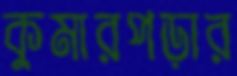
কুমারপড়ার